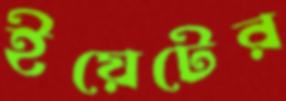
ইয়েটের